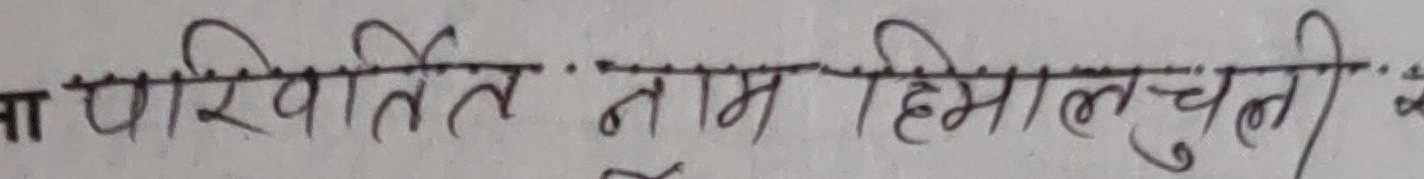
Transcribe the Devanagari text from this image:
मा परिवर्तित नाम हिमालयचुली क